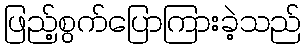
ဖြည့်စွက်ပြောကြားခဲ့သည်